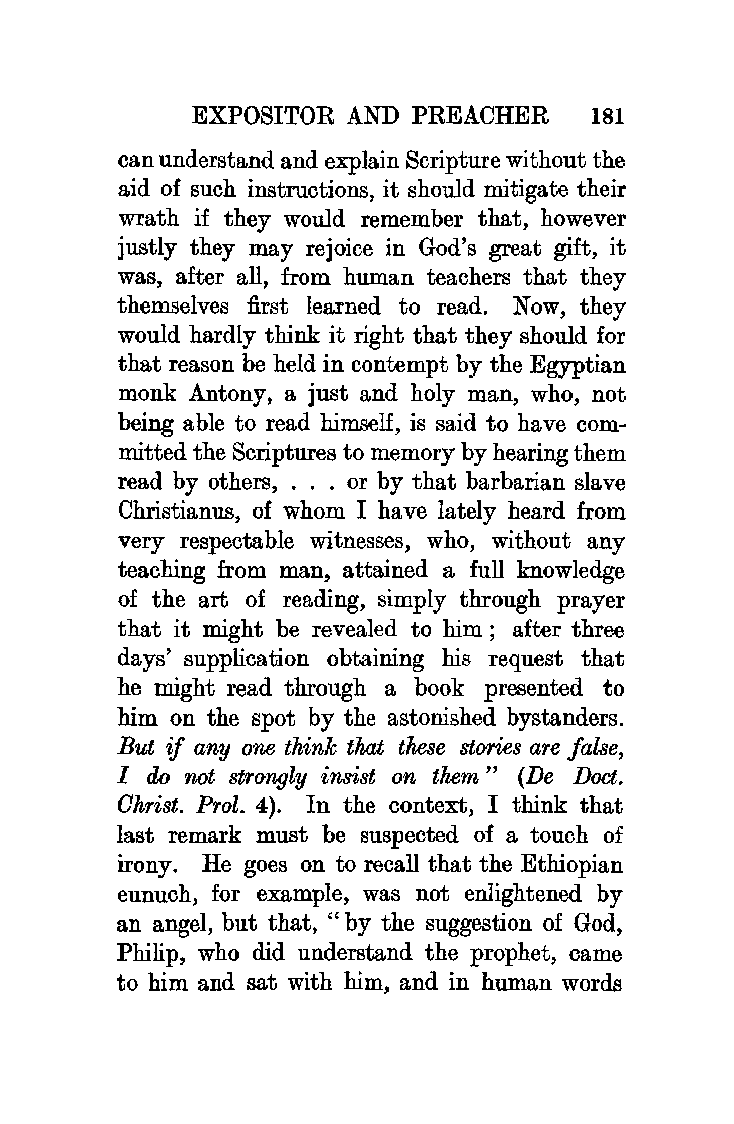
EXPOSITOR AND  PREACHER   181
 can understand and explain Scripture without the
 aid of such instructions, it should mitigate their
 wrath if they would remember that, however
 justly they may rejoice in God's great gift, it
 was, after all, from human teachers that they
 themselves first learned to read. Now, they
 would hardly think it right that they should for
 that reason be held in contempt by the Egyptian
 monk Antony, a just and holy man, who, not
 being able to read him.self, is said to have com
 mitted the Scriptures to memory by hearing them
 read by others, ... or by that barbarian slave
 Christianus, of whom I have lately heard from
 very respectable witnesses, who, without any
 teaching from man, attained a full knowledge
 of the art of reading, simply through prayer
 that it might be revealed to him ; after three
 days' supplication obtaining his request that
 he might read through a book presented to
 him on the spot by the astonished bystanders.
 But if any one think that these stories are false,
 I do not strongly insist on them" (De Doct,.
 Ghrist. Prol. 4). In the context, I think that
 last remark must be suspected of a touch of
 irony. He goes on to recall that the Ethiopian
 eunuch, for example, was not enlightened by
 an angel, but that, "by the suggestion of God,
 Philip, who did understand the prophet, came
 to him and sat with him, and in human words